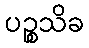
ပဉ္စသိခ